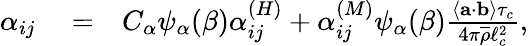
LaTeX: \begin{array}{rlr}{\alpha_{ij}}&{{}=}&{C_{\alpha}\psi_{\alpha}(\beta)\alpha_{ij}^{(H)}+\alpha_{ij}^{(M)}\psi_{\alpha}(\beta)\frac{\left\langle\mathbf{a}\cdot\mathbf{b}\right\rangle\tau_{c}}{4\pi\overline{{\rho}}\ell_{c}^{2}},}\end{array}